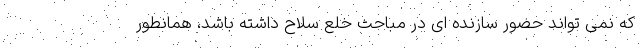
که نمی تواند حضور سازنده ای در مباحث خلع سلاح داشته باشد، همانطور